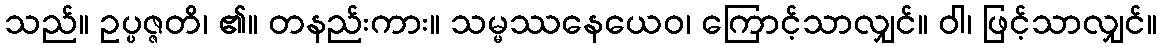
သည်။ ဥပ္ပဇ္ဇတိ၊ ၏။ တနည်းကား။ သမ္မဿနေယေဝ၊ ကြောင့်သာလျှင်။ ဝါ၊ ဖြင့်သာလျှင်။